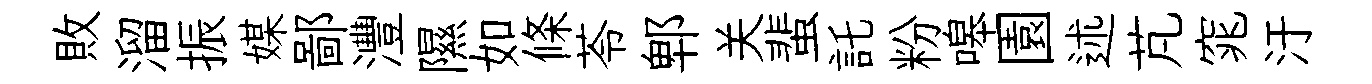
敗溜振媒鄙灃隰如條苓郫关蜚託粉嗥園述芃窕汙